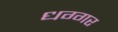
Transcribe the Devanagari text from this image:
धग्गर